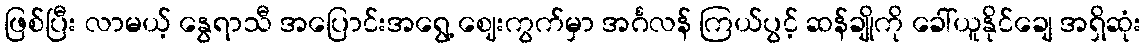
ဖြစ်ပြီး လာမယ့် နွေရာသီ အပြောင်းအရွေ့ ဈေးကွက်မှာ အင်္ဂလန် ကြယ်ပွင့် ဆန်ချိုကို ခေါ်ယူနိုင်ချေ အရှိဆုံး